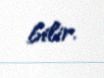
bilir.